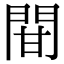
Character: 𨳼